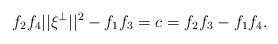
LaTeX: \begin{align*}f_2f_4||\xi^\perp||^2-f_1f_3=c=f_2f_3-f_1f_4.\end{align*}